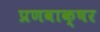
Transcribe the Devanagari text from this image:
प्रणवाक्षर